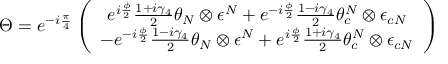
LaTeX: \Theta = e ^ { - i \frac { \pi } { 4 } } \left( \begin{array} { c } { { e ^ { i \frac { \phi } { 2 } } \frac { 1 + i \gamma _ { 4 } } { 2 } \theta _ { N } \otimes \epsilon ^ { N } + e ^ { - i \frac { \phi } { 2 } } \frac { 1 - i \gamma _ { 4 } } { 2 } \theta _ { c } ^ { N } \otimes \epsilon _ { c N } } } \\ { { - e ^ { - i \frac { \phi } { 2 } } \frac { 1 - i \gamma _ { 4 } } { 2 } \theta _ { N } \otimes \epsilon ^ { N } + e ^ { i \frac { \phi } { 2 } } \frac { 1 + i \gamma _ { 4 } } { 2 } \theta _ { c } ^ { N } \otimes \epsilon _ { c N } } } \end{array} \right)